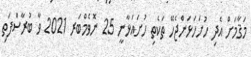
މަޤާމަށް އެދި ހުށަހަޅަންޖެހޭ ތަކެތި ހުށައަޅާނީ 25 ނޮވެމްބަރ 2021 ވާ ބުރާސްފަތި